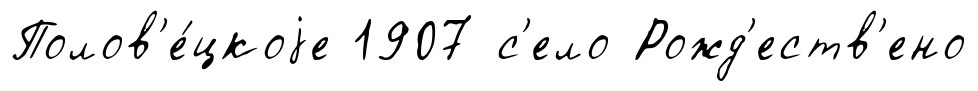
Полов'е́цкоjе 1907 с'ело Рожд'еств'ено